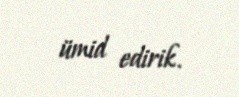
ümid edirik.